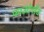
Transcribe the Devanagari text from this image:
फाउंटेनहैड